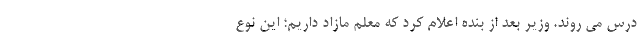
درس می روند. وزیر بعد از بنده اعلام کرد که معلم مازاد داریم؛ این نوع